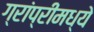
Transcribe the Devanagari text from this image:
ग्रांप्रीमध्ये